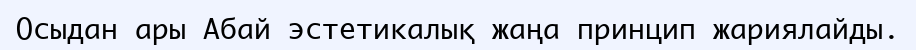
Осыдан ары Абай эстетикалық жаңа принцип жариялайды.